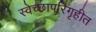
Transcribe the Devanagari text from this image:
स्वेच्छापरिगृहीत